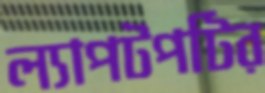
ল্যাপটপটির